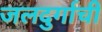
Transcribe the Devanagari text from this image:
जलदुर्गाची